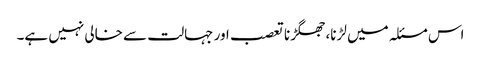
اس مسئلہ میں لڑنا، جھگڑنا تعصب اور جہالت سے خالی نہیں ہے۔